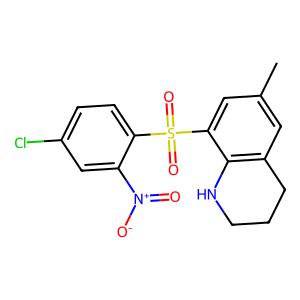
SMILES: Cc1cc2c(c(S(=O)(=O)c3ccc(Cl)cc3[N+](=O)[O-])c1)NCCC2
Inhibits HIV replication: No